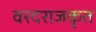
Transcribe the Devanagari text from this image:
वरदराजकृत